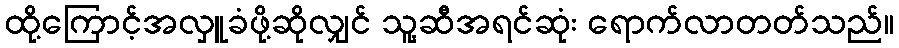
ထို့ကြောင့်အလှူခံဖို့ဆိုလျှင် သူ့ဆီအရင်ဆုံး ရောက်လာတတ်သည်။